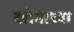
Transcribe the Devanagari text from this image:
खोबाच्या